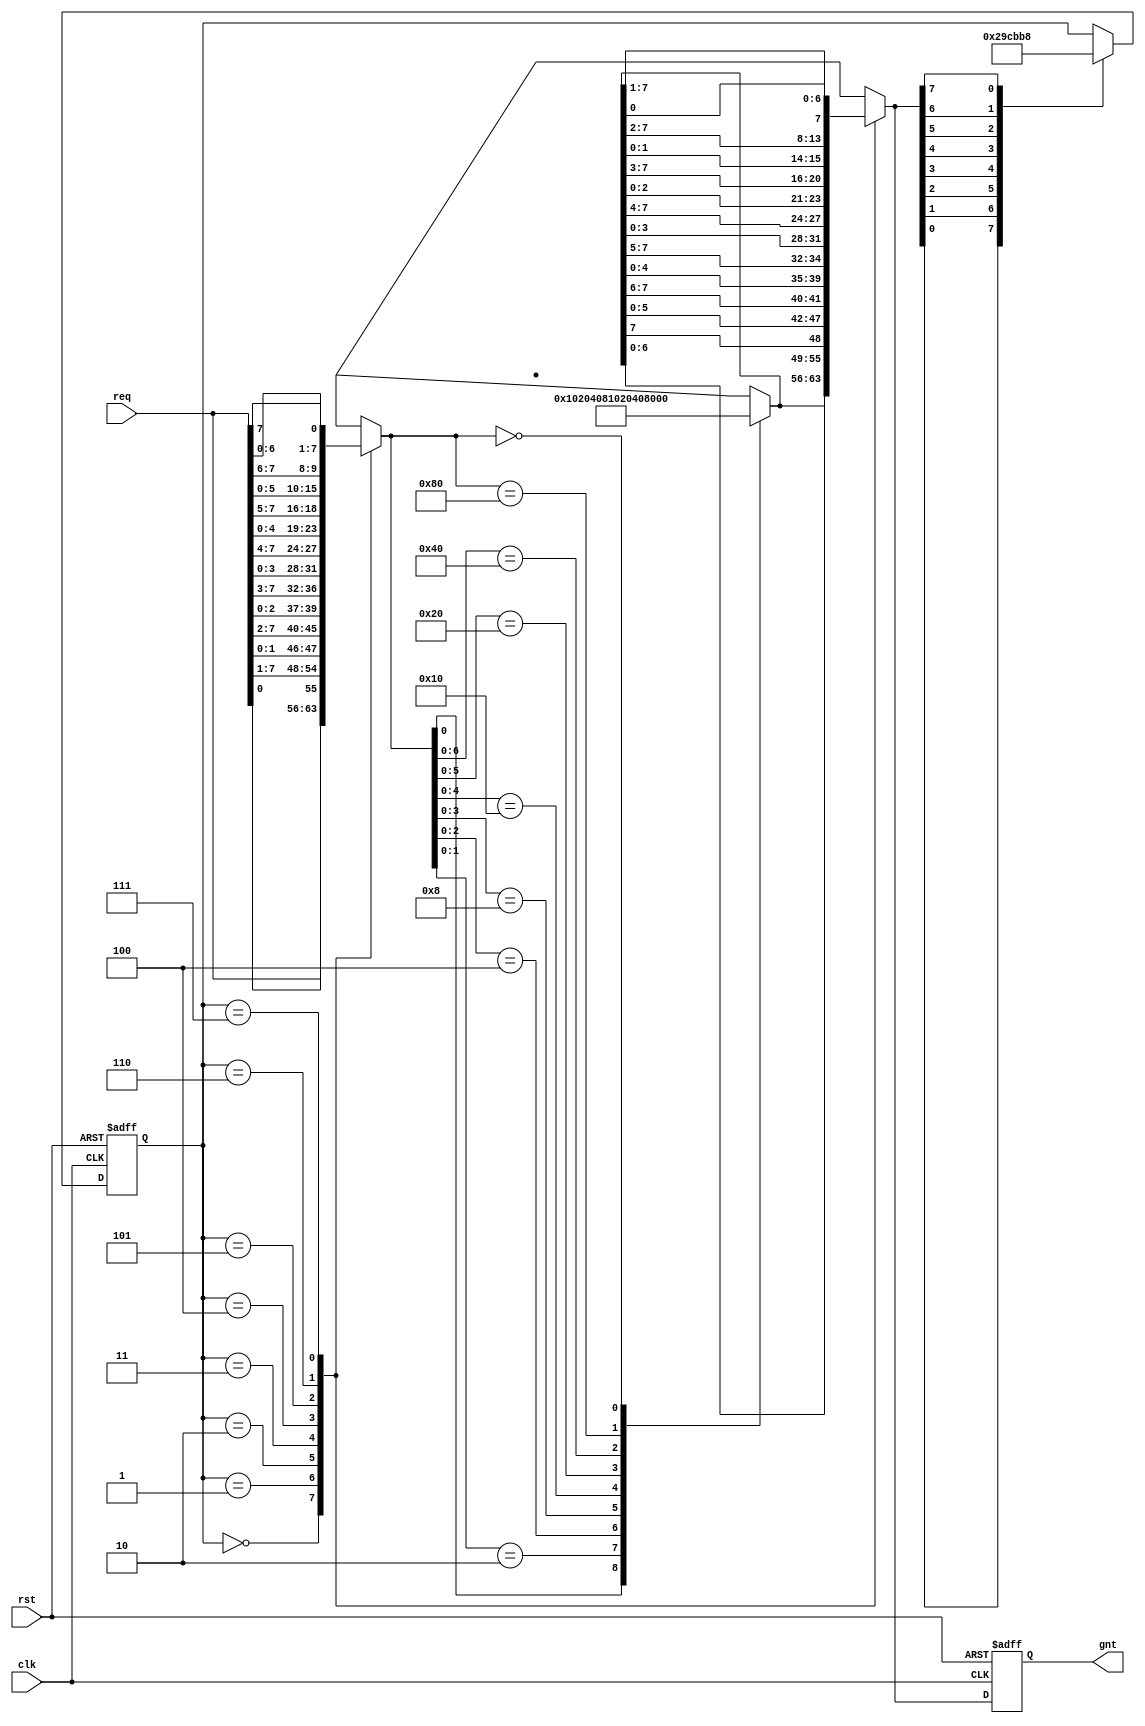
module arbiter
(
    input            clk,
    input            rst,
    input      [7:0] req,
    output reg [7:0] gnt
);

    reg [2:0] ptr;

    reg [7:0] shift_req;
    reg [7:0] shift_gnt;

    reg [7:0] d_gnt;

    always @*
        case (ptr)
        3'd0: shift_req =              req [7:0]  ;
        3'd1: shift_req = { req [0:0], req [7:1] };
        3'd2: shift_req = { req [1:0], req [7:2] };
        3'd3: shift_req = { req [2:0], req [7:3] };
        3'd4: shift_req = { req [3:0], req [7:4] };
        3'd5: shift_req = { req [4:0], req [7:5] };
        3'd6: shift_req = { req [5:0], req [7:6] };
        3'd7: shift_req = { req [6:0], req [7:7] };
        endcase

    // Priority arbiter using case

    always @*
    begin
        casez (shift_req)
        8'b????_???1: shift_gnt = 8'b0000_0001;
        8'b????_??10: shift_gnt = 8'b0000_0010;
        8'b????_?100: shift_gnt = 8'b0000_0100;
        8'b????_1000: shift_gnt = 8'b0000_1000;
        8'b???1_0000: shift_gnt = 8'b0001_0000;
        8'b??10_0000: shift_gnt = 8'b0010_0000;
        8'b?100_0000: shift_gnt = 8'b0100_0000;
        8'b1000_0000: shift_gnt = 8'b1000_0000;
        8'b0000_0000: shift_gnt = 8'b0000_0000;
        endcase
    end

    always @*
        case (ptr)
        3'd0: d_gnt =   shift_gnt [7:0]                   ;
        3'd1: d_gnt = { shift_gnt [6:0], shift_gnt [7:7] };
        3'd2: d_gnt = { shift_gnt [5:0], shift_gnt [7:6] };
        3'd3: d_gnt = { shift_gnt [4:0], shift_gnt [7:5] };
        3'd4: d_gnt = { shift_gnt [3:0], shift_gnt [7:4] };
        3'd5: d_gnt = { shift_gnt [2:0], shift_gnt [7:3] };
        3'd6: d_gnt = { shift_gnt [1:0], shift_gnt [7:2] };
        3'd7: d_gnt = { shift_gnt [0:0], shift_gnt [7:1] };
        endcase

    always @ (posedge clk or posedge rst)
        if (rst)
            gnt <= 8'b0;
        else
            gnt <= d_gnt;  // Should we & ~ gnt ?

    always @ (posedge clk or posedge rst)
        if (rst)
            ptr <= 3'b0;
        else
            // TODO: d_gnt or gnt?

            case (1'b1)  // synopsys parallel_case
            d_gnt [0]: ptr <= 3'd1;
            d_gnt [1]: ptr <= 3'd2;
            d_gnt [2]: ptr <= 3'd3;
            d_gnt [3]: ptr <= 3'd4;
            d_gnt [4]: ptr <= 3'd5;
            d_gnt [5]: ptr <= 3'd6;
            d_gnt [6]: ptr <= 3'd7;
            d_gnt [7]: ptr <= 3'd0;
            endcase
/*
            case (1'b1)  // synopsys parallel_case
            gnt [0]: ptr <= 3'd1;
            gnt [1]: ptr <= 3'd2;
            gnt [2]: ptr <= 3'd3;
            gnt [3]: ptr <= 3'd4;
            gnt [4]: ptr <= 3'd5;
            gnt [5]: ptr <= 3'd6;
            gnt [6]: ptr <= 3'd7;
            gnt [7]: ptr <= 3'd0;
            endcase
*/

endmodule